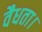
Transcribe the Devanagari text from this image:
वैधता।